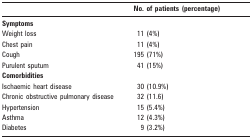
|  | No of patients (percentage) |
 | --- | --- |
 | <COLSPAN=2> Symptoms |
 | Weight loss | 11 (4%) |
 | Chest pain | 11 (4%) |
 | Cough | 195 (71%) |
 | Purulent sputum | 41 (15%) |
 | <COLSPAN=2> Comorbidities |
 | Ischaemic heart disease | 30 (10.9%) |
 | Chronic obstructive pulmonary disease | 32 (11.6) |
 | Hypertension | 15 (5.4%) |
 | Asthma | 12 (4.3%) |
 | Diabetes | 9 (3.2%) |